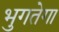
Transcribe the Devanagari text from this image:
भुगतेगा